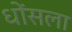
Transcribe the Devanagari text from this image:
धोंसला